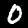
Digit: 0